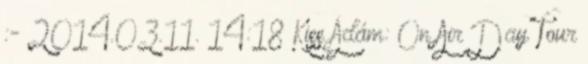
:- 2014.03.11. 14:18 Kiss Ádám: On Air Day Tour